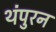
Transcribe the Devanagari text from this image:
थंपुरन